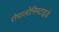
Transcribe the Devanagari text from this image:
रोपालोनिमटाइडे